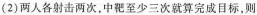
(2)两人各射击两次，中靶至少三次就算完成目标，则